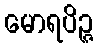
မောရပိဉ္ဇ